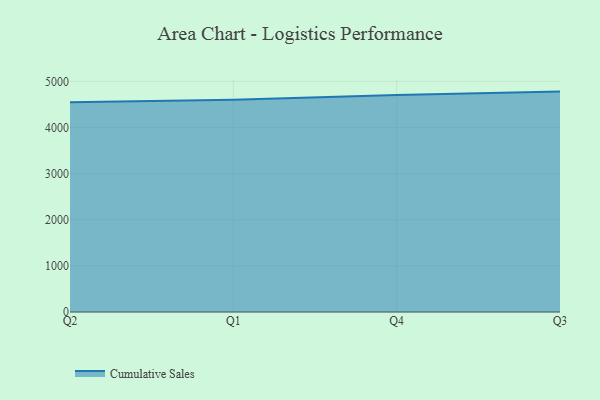
{"axis": {"x": "Quarter", "y": "Backlog"}, "legend": ["Cumulative Sales"], "data": [{"x": "Q2", "y": 4545.7, "type": "Cumulative Sales"}, {"x": "Q1", "y": 4601.5, "type": "Cumulative Sales"}, {"x": "Q4", "y": 4701.8, "type": "Cumulative Sales"}, {"x": "Q3", "y": 4777.7, "type": "Cumulative Sales"}]}